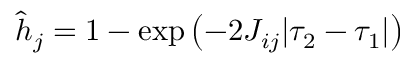
\begin{array} { r } { \hat { h } _ { j } = 1 - \exp \left( - 2 J _ { i j } | \tau _ { 2 } - \tau _ { 1 } | \right) } \end{array}